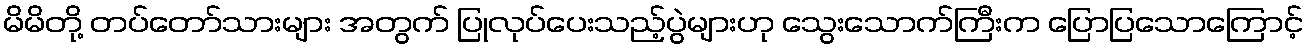
မိမိတို့ တပ်တော်သားများ အတွက် ပြုလုပ်ပေးသည့်ပွဲများဟု သွေးသောက်ကြီးက ပြောပြသောကြောင့်